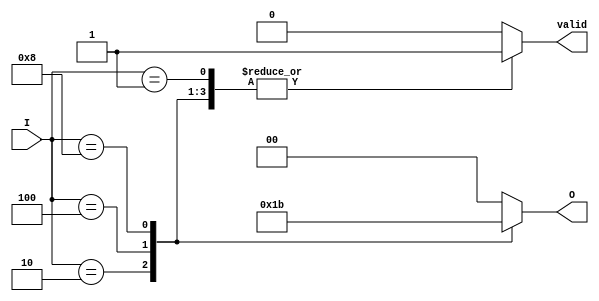
module multilevel_encoder (
    input [3:0] I,    // 4 input lines
    output reg [1:0] O, // 2 output lines
    output reg valid // Indicates if the output is valid
);

always @(*) begin
    valid = 1'b0; // Default valid to low
    case (I)
        4'b0001: begin O = 2'b00; valid = 1'b1; end // I0 active
        4'b0010: begin O = 2'b01; valid = 1'b1; end // I1 active
        4'b0100: begin O = 2'b10; valid = 1'b1; end // I2 active
        4'b1000: begin O = 2'b11; valid = 1'b1; end // I3 active
        default: begin O = 2'b00; valid = 1'b0; end // No active input or multiple active
    endcase
end

endmodule